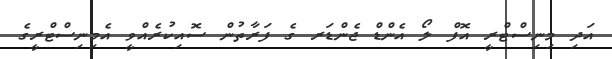
އަދި މިނިސްޓްރީ އޮފް ލޯ އެންޑް ޖެންޑަރ ގެ ފަރާތުން ސޮއިކުރެއްވީ އެމިނިސްޓްރީގެ